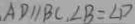
A D / / B C , \angle B = \angle D